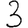
Digit: 3